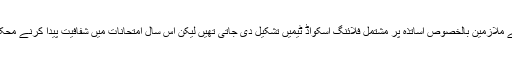
ایس ایس سی بورڈ کی جانب سے اب تک امتحانات کے دوران محکمہ تعلیم کے ملازمین بالخصوص اساتذہ پر مشتمل فلائنگ اسکواڈ ٹیمیں تشکیل دی جاتی تھیں لیکن اس سال امتحانات میں شفافیت پیدا کرنے محکمہ مال ‘ جنگلات کے علاوہ پولیس اہلکاروں کی خدمات حاصل کی جائیں گی ۔